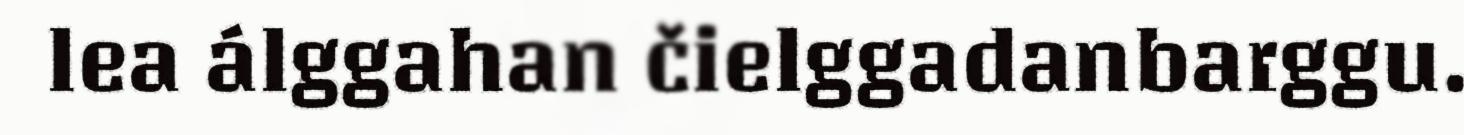
lea álggahan čielggadanbarggu.